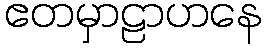
ဧတမှာဠာဟနေ